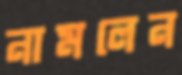
নামলেন